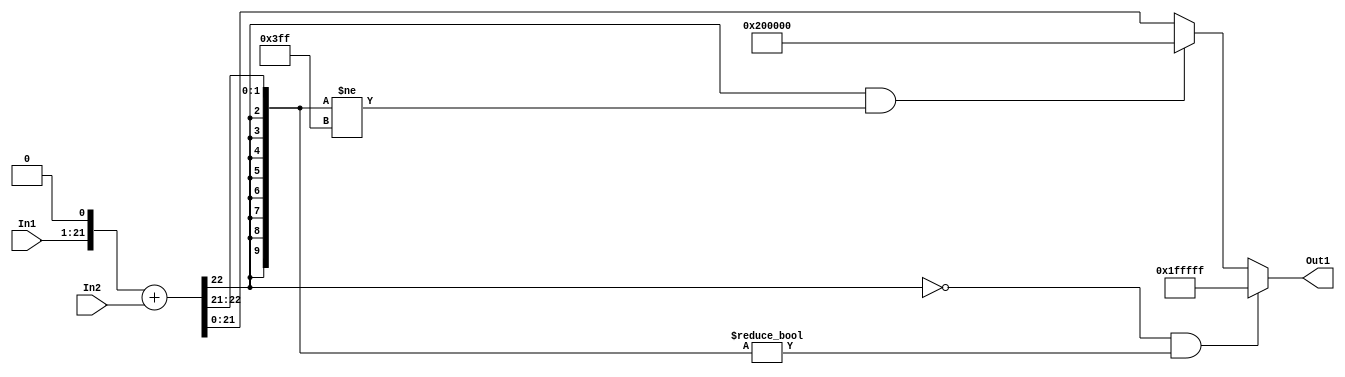
// -------------------------------------------------------------
// 
// 
// Generated by MATLAB 9.14 and HDL Coder 4.1
// 
// -------------------------------------------------------------


// -------------------------------------------------------------
// 
// Module: sumb10_1_block1
// Source Path: FP_sub/fp model/FIR_section_3/sumb10_1
// Hierarchy Level: 2
// 
// -------------------------------------------------------------

`timescale 1 ns / 1 ns

module sumb10_1_block1
          (In2,
           In1,
           Out1);


  input   signed [21:0] In2;  // sfix22_En14
  input   signed [20:0] In1;  // sfix21_En13
  output  signed [21:0] Out1;  // sfix22_En14


  wire signed [31:0] sumb10_add_cast;  // sfix32_En14
  wire signed [31:0] sumb10_add_cast_1;  // sfix32_En14
  wire signed [31:0] sumb10_add_temp;  // sfix32_En14
  wire signed [21:0] sumb10_out1;  // sfix22_En14


  assign sumb10_add_cast = {{10{In1[20]}}, {In1, 1'b0}};
  assign sumb10_add_cast_1 = {{10{In2[21]}}, In2};
  assign sumb10_add_temp = sumb10_add_cast + sumb10_add_cast_1;
  assign sumb10_out1 = ((sumb10_add_temp[31] == 1'b0) && (sumb10_add_temp[30:21] != 10'b0000000000) ? 22'sb0111111111111111111111 :
              ((sumb10_add_temp[31] == 1'b1) && (sumb10_add_temp[30:21] != 10'b1111111111) ? 22'sb1000000000000000000000 :
              $signed(sumb10_add_temp[21:0])));



  assign Out1 = sumb10_out1;

endmodule  // sumb10_1_block1